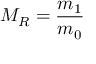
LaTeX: M _ { R } = { \frac { m _ { 1 } } { m _ { 0 } } }